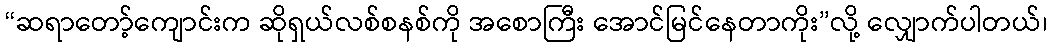
“ဆရာတော့်ကျောင်းက ဆိုရှယ်လစ်စနစ်ကို အစောကြီး အောင်မြင်နေတာကိုး”လို့ လျှောက်ပါတယ်၊